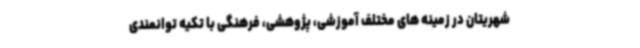
شهریتان در زمینه های مختلف آموزشی، پژوهشی، فرهنگی با تکیه توانمندی